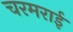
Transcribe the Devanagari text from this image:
चरमराई